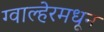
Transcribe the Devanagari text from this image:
ग्वाल्हेरमधून